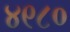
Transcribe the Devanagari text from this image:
४९८०